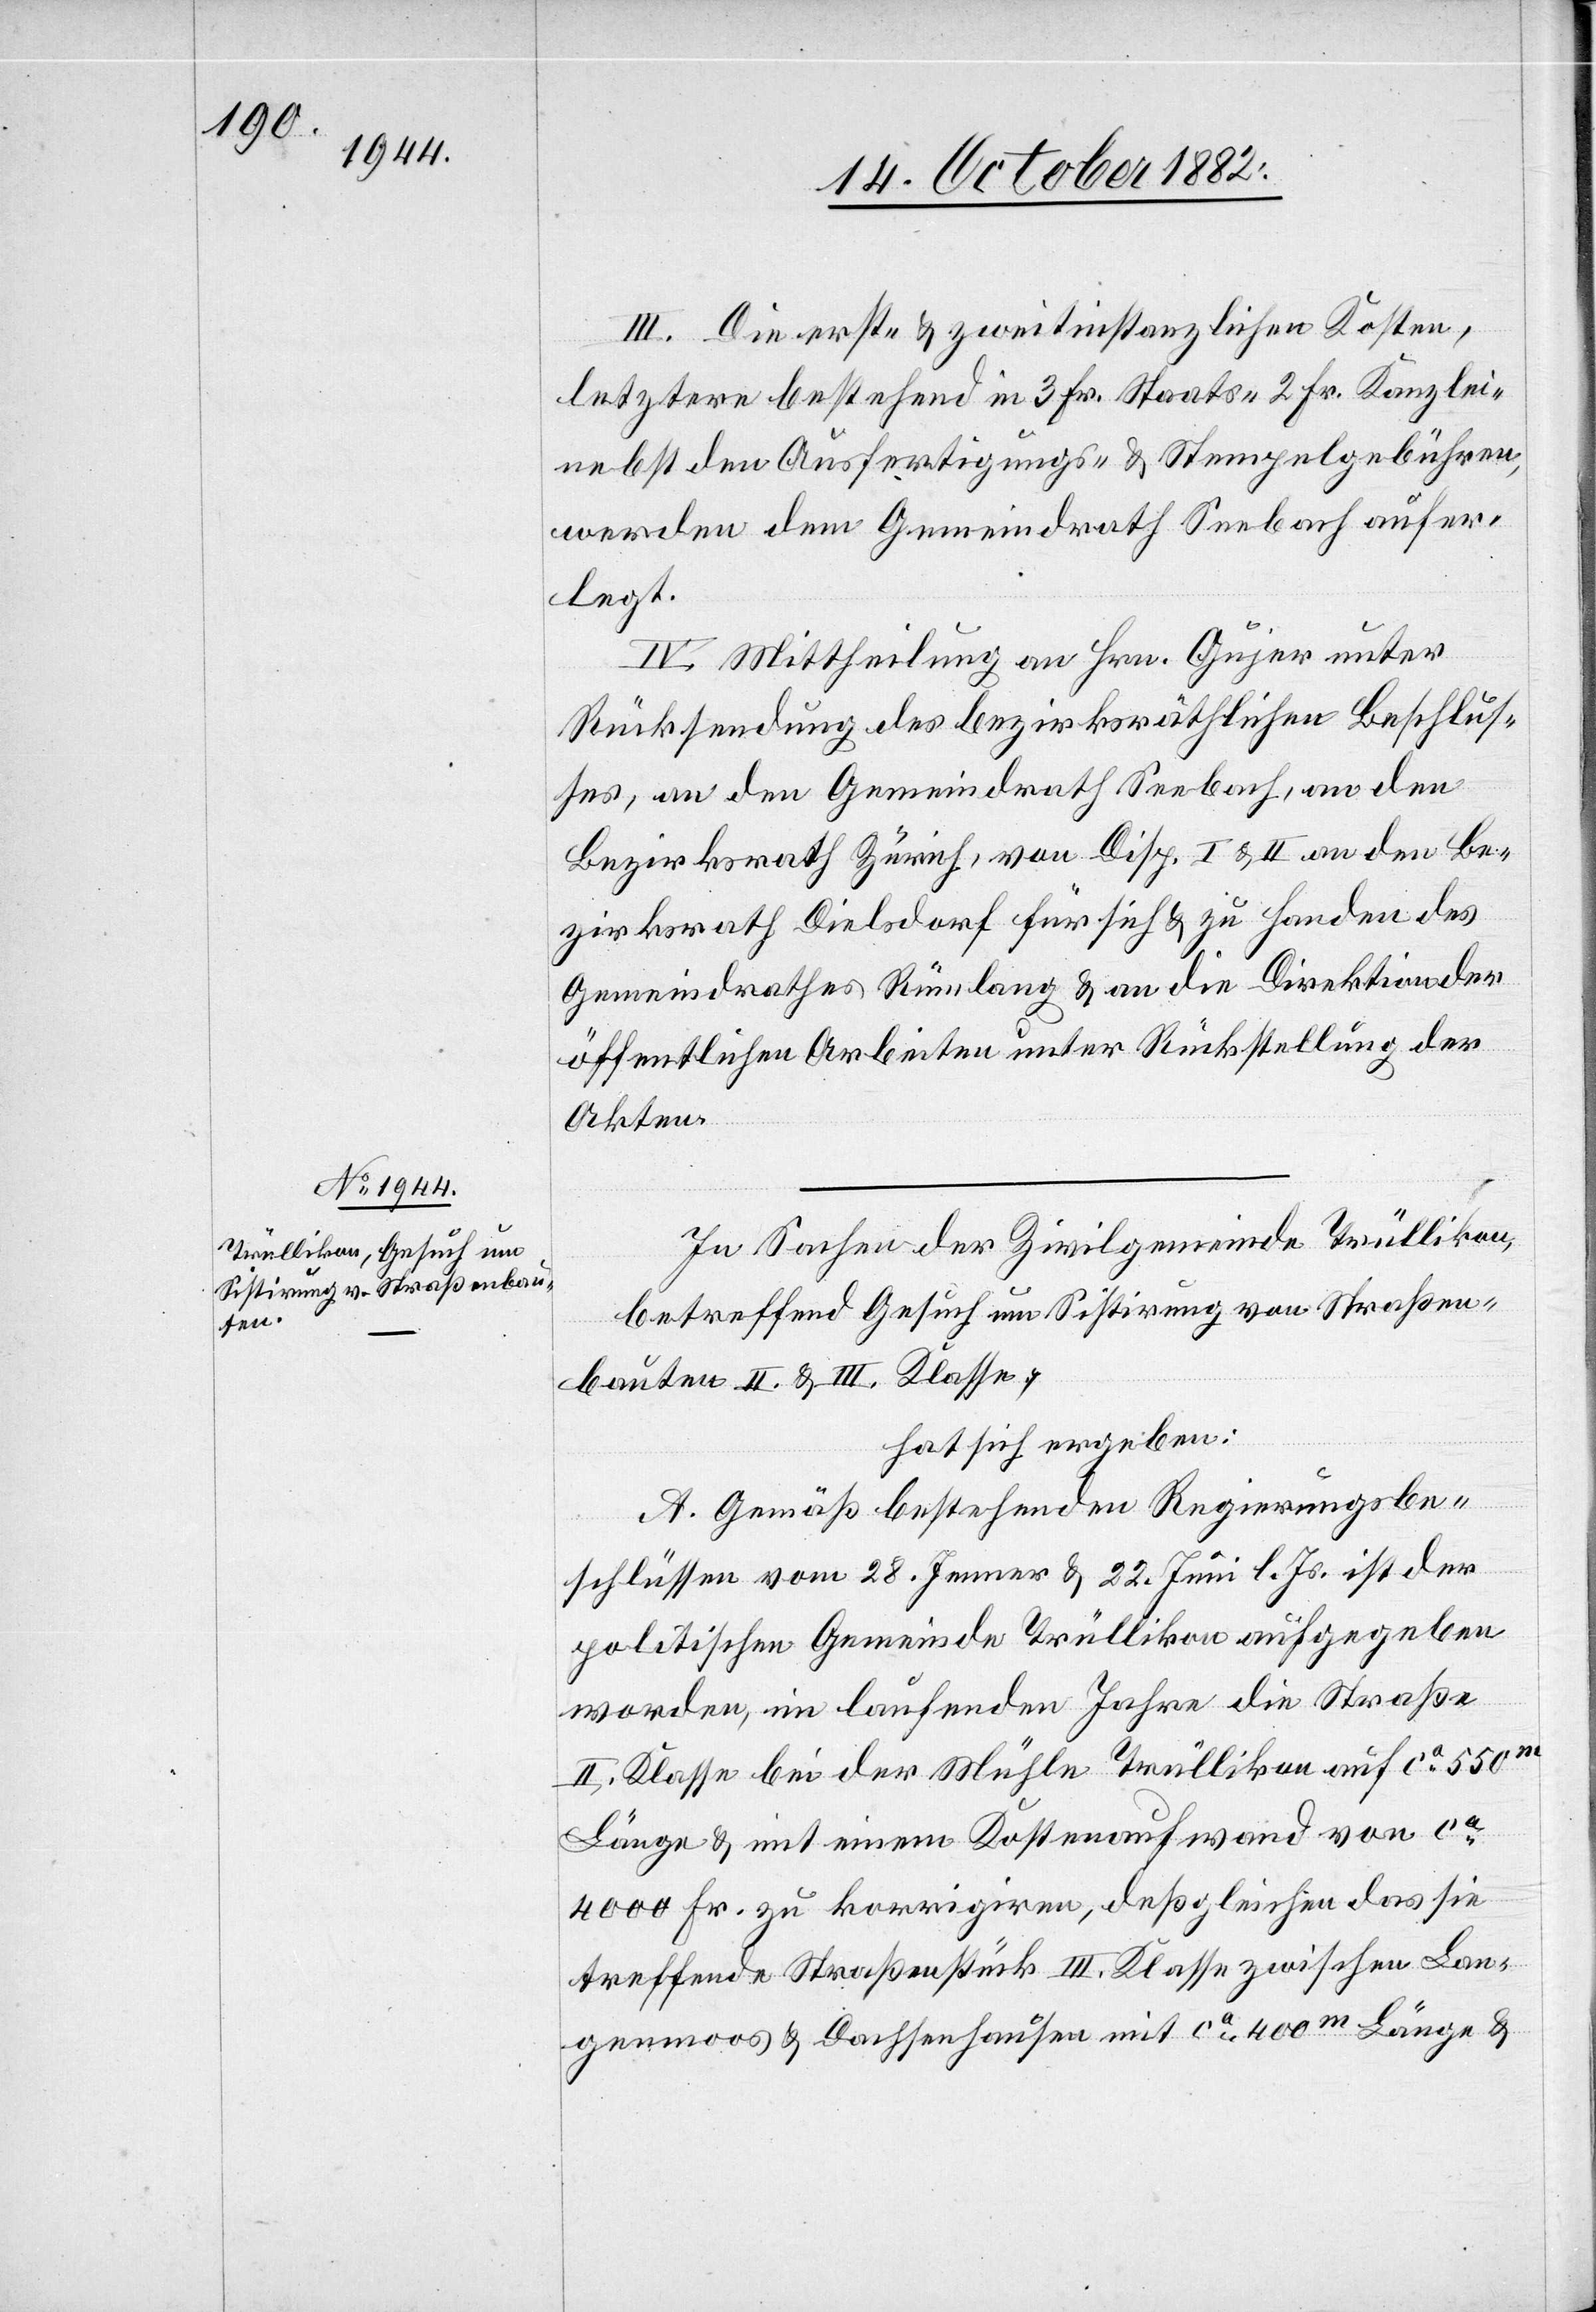
III. Die erst- & zweitinstanzlichen Kosten,
letztere bestehend in 3 Fr. Staats- 2 Fr. Kanzlei
nebst den Ausfertigungs- & Stempelgebühren,
werden dem Gemeindrath Seebach aufer¬
legt.
IV. Mittheilung an Hrn. Gujer unter
Rücksendung des bezirksräthlichen Beschlus¬
ses, an den Gemeindrath Seebach, an den
Bezirksrath Zürich, von Disp. I & II an den Be¬
zirksrath Dielsdorf für sich & zu Handen des
Gemeindrathes Rümlang & an die Direktion der
öffentlichen Arbeiten unter Rückstellung der
Akten.